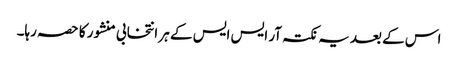
اس کے بعد یہ نکتہ آر ایس ایس کے ہر انتخابی منشور کا حصہ رہا۔